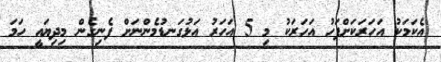
އެކަމަކު އަހަރަކަށްފަހު އަހަރަކު މި 5 އަހަރު އަޅުގަނޑުމެންނަށް ފެނިގެން މިދިޔައީ ހަމަ